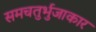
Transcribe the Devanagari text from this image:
समचतुर्भुजाकार